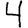
Digit: 4